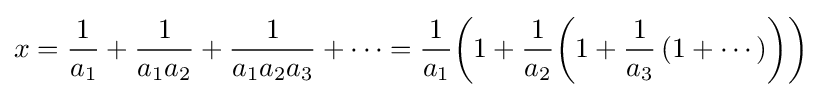
x={\frac {1}{a_{1}}}+{\frac {1}{a_{1}a_{2}}}+{\frac {1}{a_{1}a_{2}a_{3}}}+\cdots ={\frac {1}{a_{1}}}\!\left(1+{\frac {1}{a_{2}}}\!\left(1+{\frac {1}{a_{3}}}\left(1+\cdots \right)\right)\right)